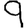
Digit: 9